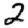
Digit: 2